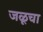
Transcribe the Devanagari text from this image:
जळूचा